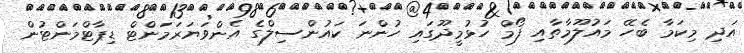
އަދި މިކަމާ ބެހޭ މައުލޫމާތާއި ފޯމް ހުޅުމީދޫގައި ހުންނަ ކައުންސިލްގެ އެންވަޔަރަމަންޓް ޑިޕާޓްމަންޓުން